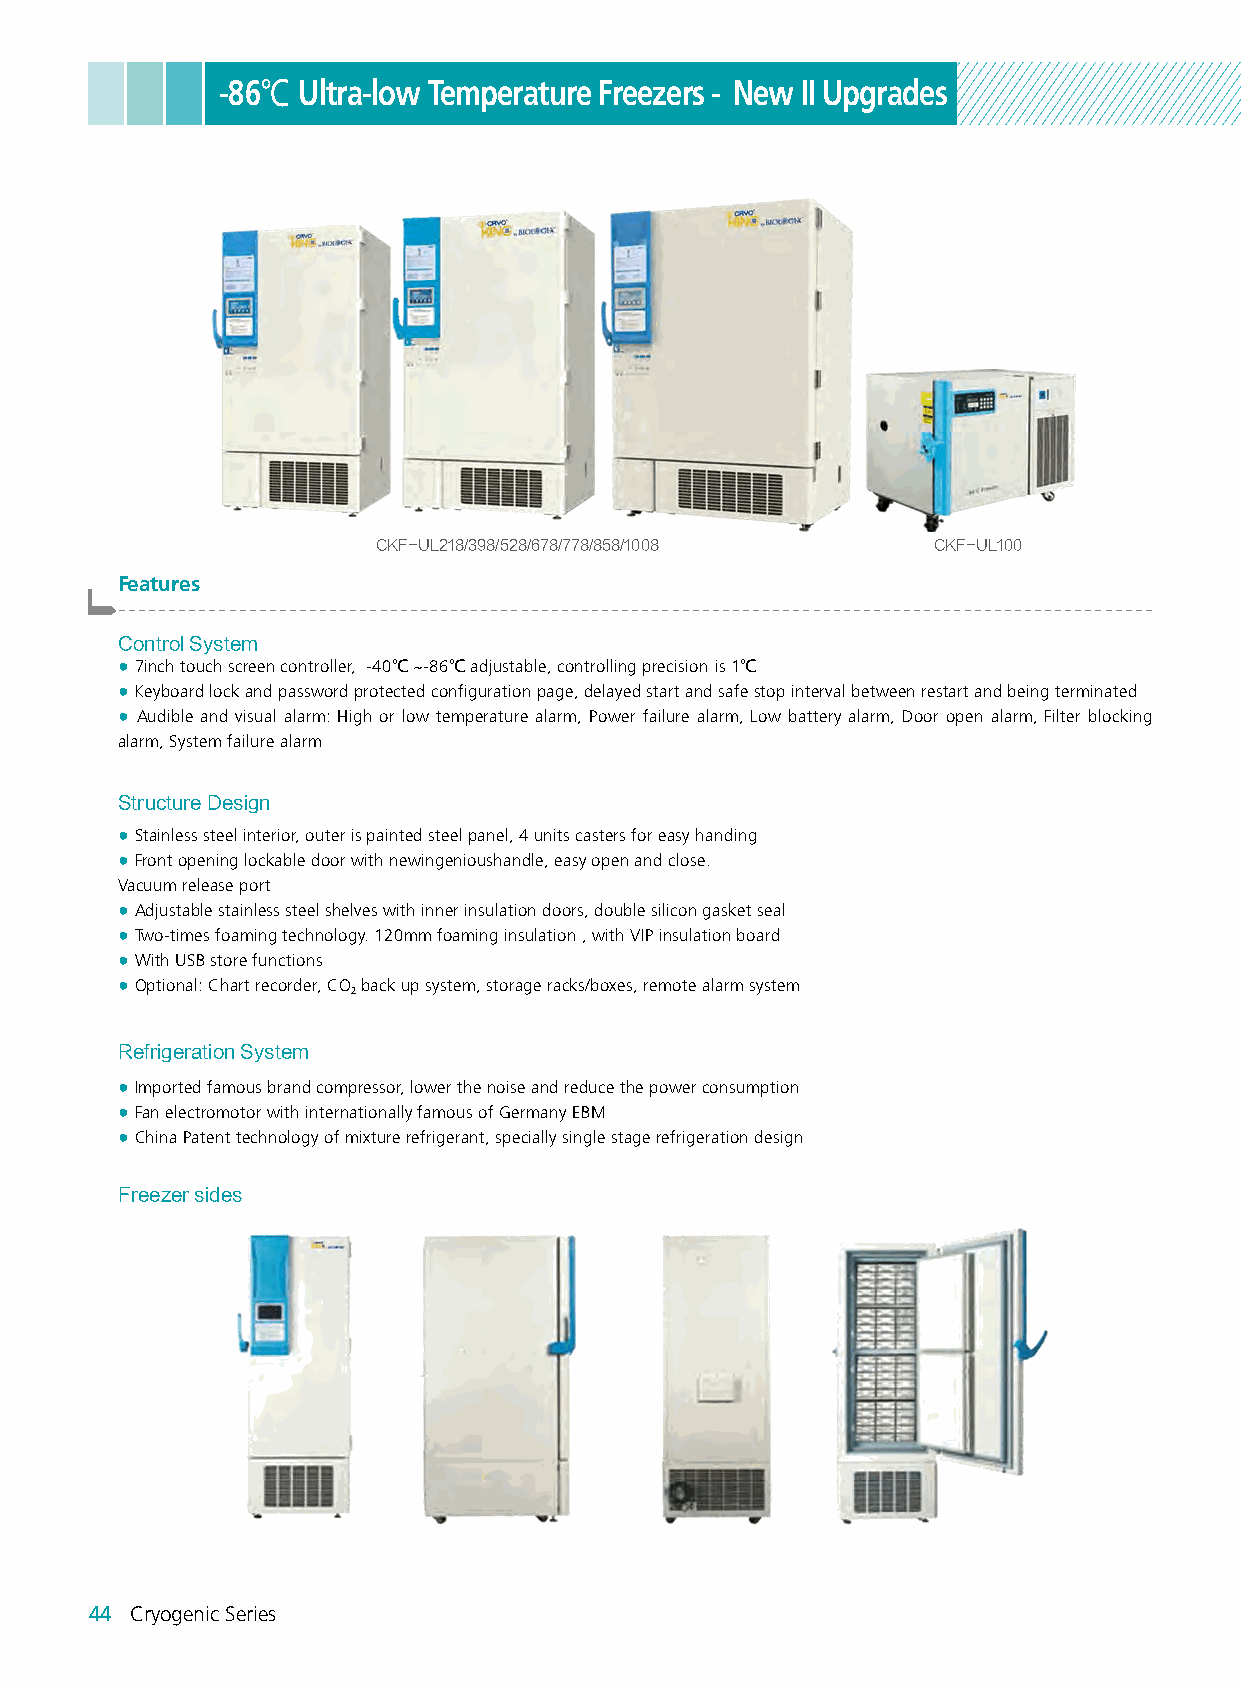
-86℃  Ultra-low Temperature Freezers - New II Upgrades
 CKF-UL218/398/528/678/778/858/1008   CKF-UL100
 Features
 -------------------------------------------------------------------------------------------------------
 Control System
 ● 7inch touch screen controller, -40℃~-86℃ adjustable, controlling precision is 1℃
 ● Keyboard lock and password protected configuration page, delayed start and safe stop interval between restart and being terminated
 ● Audible and visual alarm: High or low temperature alarm, Power failure alarm, Low battery alarm, Door open alarm, Filter blocking
 alarm, System failure alarm
 Structure Design
 ● Stainless steel interior, outer is painted steel panel, 4 units casters for easy handing
 ● Front opening lockable door with newingenioushandle, easy open and close.
 Vacuum release port
 ● Adjustable stainless steel shelves with inner insulation doors, double silicon gasket seal
 ● Two-times foaming technology. 120mm foaming insulation , with VIP insulation board
 ● With USB store functions
 ● Optional: Chart recorder, CO back up system, storage racks/boxes, remote alarm system
 2
 Refrigeration System
 ● Imported famous brand compressor, lower the noise and reduce the power consumption
 ● Fan electromotor with internationally famous of Germany EBM
 ● China Patent technology of mixture refrigerant, specially single stage refrigeration design
 Freezer sides
 44 Cryogenic Series